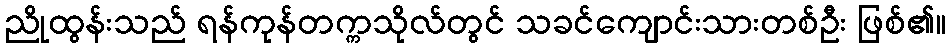
ညိုထွန်းသည် ရန်ကုန်တက္ကသိုလ်တွင် သခင်ကျောင်းသားတစ်ဦး ဖြစ်၏။